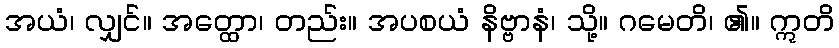
အယံ၊ လျှင်။ အတ္ထော၊ တည်း။ အပစယံ နိဗ္ဗာနံ၊ သို့။ ဂမေတိ၊ ၏။ ဣတိ